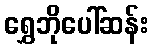
ရွှေဘိုပေါ်ဆန်း